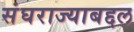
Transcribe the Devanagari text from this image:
संघराज्याबद्दल